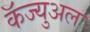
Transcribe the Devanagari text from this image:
कॅज्युअल